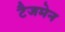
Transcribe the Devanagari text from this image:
टैजमेन